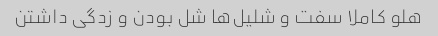
هلو کاملا سفت و شلیل‌ها شل بودن و زدگی داشتن